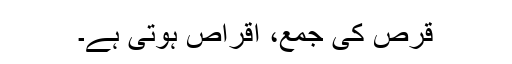
قرص کی جمع، اقراص ہوتی ہے۔